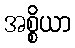
အစ္စိယာ